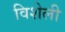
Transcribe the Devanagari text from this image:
विशेली